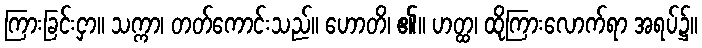
ကြားခြင်းငှာ။ သက္ကာ၊ တတ်ကောင်းသည်။ ဟောတိ၊ ၏။ ဟတ္ထ၊ ထိုကြားလောက်ရာ အရပ်၌။